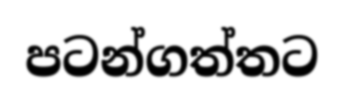
පටන්ගත්තට